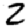
Digit: 2